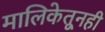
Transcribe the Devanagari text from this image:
मालिकेतूनही